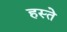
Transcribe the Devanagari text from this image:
हस्‍ते